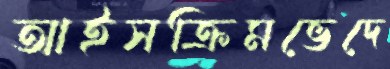
আইসক্রিমভেদে